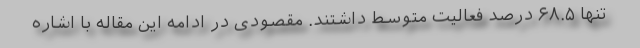
تنها ۶۸.۵ درصد فعالیت متوسط داشتند. مقصودی در ادامه این مقاله با اشاره